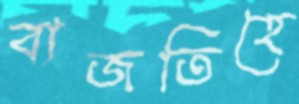
বাজতিহে